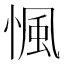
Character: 𢞁